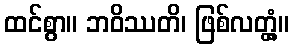
ထင်စွာ။ ဘဝိဿတိ၊ ဖြစ်လတ္တံ့။